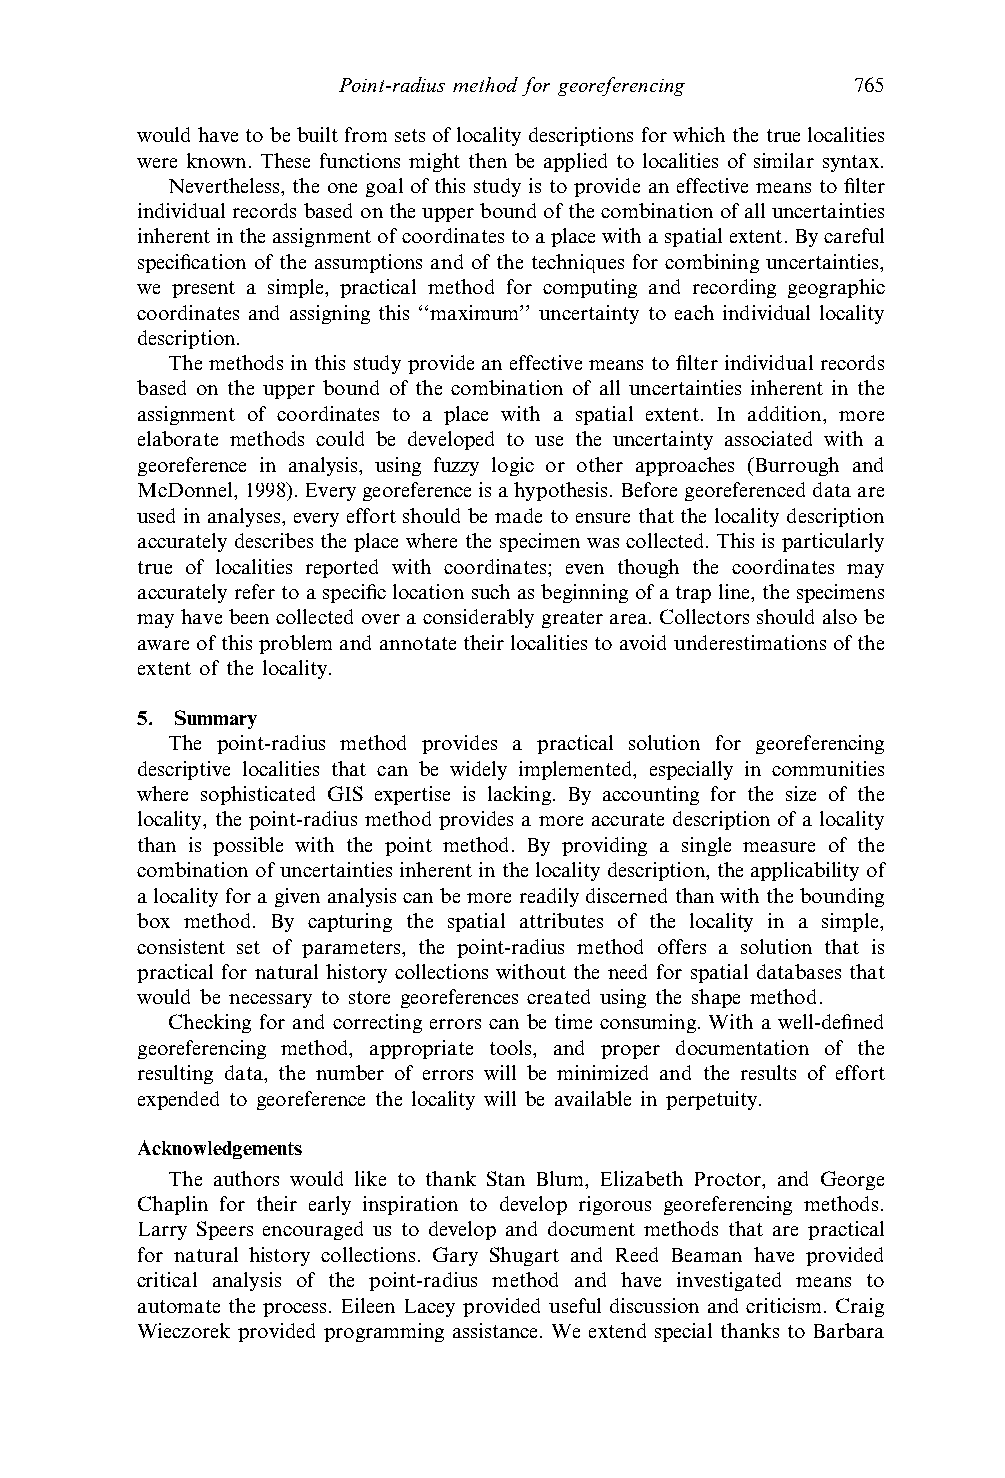
Point-radius method for georeferencing 765
 wouldhavetobebuiltfromsetsoflocality descriptions forwhichthetrue localities
 were known. These functions might then be applied to localities of similar syntax.
 Nevertheless, the one goal of this study is to provide an effective means to filter
 individualrecordsbasedontheupperboundofthecombinationofalluncertainties
 inherentintheassignmentofcoordinatestoaplacewithaspatialextent.Bycareful
 specification of the assumptions and of the techniques for combining uncertainties,
 we present a simple, practical method for computing and recording geographic
 coordinates and assigning this ‘‘maximum’’ uncertainty to each individual locality
 description.
 The methods in this study provide an effective means to filter individual records
 based on the upper bound of the combination of all uncertainties inherent in the
 assignment of coordinates to a place with a spatial extent. In addition, more
 elaborate methods could be developed to use the uncertainty associated with a
 georeference in analysis, using fuzzy logic or other approaches (Burrough and
 McDonnel,1998).Everygeoreferenceisahypothesis.Beforegeoreferenceddataare
 used in analyses, every effort should be made to ensure that the locality description
 accurately describes the place where the specimen was collected. This is particularly
 true of localities reported with coordinates; even though the coordinates may
 accuratelyrefertoaspecificlocationsuchasbeginningofatrap line,thespecimens
 may have been collected over a considerably greater area. Collectors should also be
 awareofthisproblem andannotatetheirlocalities toavoidunderestimations ofthe
 extent of the locality.
 5. Summary
 The point-radius method provides a practical solution for georeferencing
 descriptive localities that can be widely implemented, especially in communities
 where sophisticated GIS expertise is lacking. By accounting for the size of the
 locality, the point-radius method provides a more accurate description of a locality
 than is possible with the point method. By providing a single measure of the
 combinationofuncertaintiesinherentinthelocalitydescription, theapplicabilityof
 alocalityforagivenanalysiscanbemorereadilydiscernedthanwiththebounding
 box method. By capturing the spatial attributes of the locality in a simple,
 consistent set of parameters, the point-radius method offers a solution that is
 practical for natural history collections without the need for spatial databases that
 would be necessary to store georeferences created using the shape method.
 Checking for and correcting errors can be time consuming. With a well-defined
 georeferencing method, appropriate tools, and proper documentation of the
 resulting data, the number of errors will be minimized and the results of effort
 expended to georeference the locality will be available in perpetuity.
 Acknowledgements
 The authors would like to thank Stan Blum, Elizabeth Proctor, and George
 Chaplin for their early inspiration to develop rigorous georeferencing methods.
 Larry Speers encouraged us to develop and document methods that are practical
 for natural history collections. Gary Shugart and Reed Beaman have provided
 critical analysis of the point-radius method and have investigated means to
 automate the process. Eileen Lacey provided useful discussion and criticism. Craig
 Wieczorek provided programming assistance. We extend special thanks to Barbara